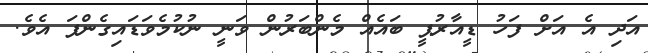
އަދި އެ އަށް ފަހު ޑީއާރުޕީ ބައެއް މެންބަރުން ވަނީ ނުކުމެވަޑައިގެންފަ އެވެ.